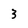
Character: 3